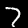
Label: 7